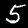
Label: 5